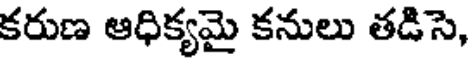
కరుణ ఆధిక్యమై కనులు తడిసె,